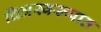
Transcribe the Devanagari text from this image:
चित्रस्वरूपात